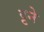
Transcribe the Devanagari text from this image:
ट्टने